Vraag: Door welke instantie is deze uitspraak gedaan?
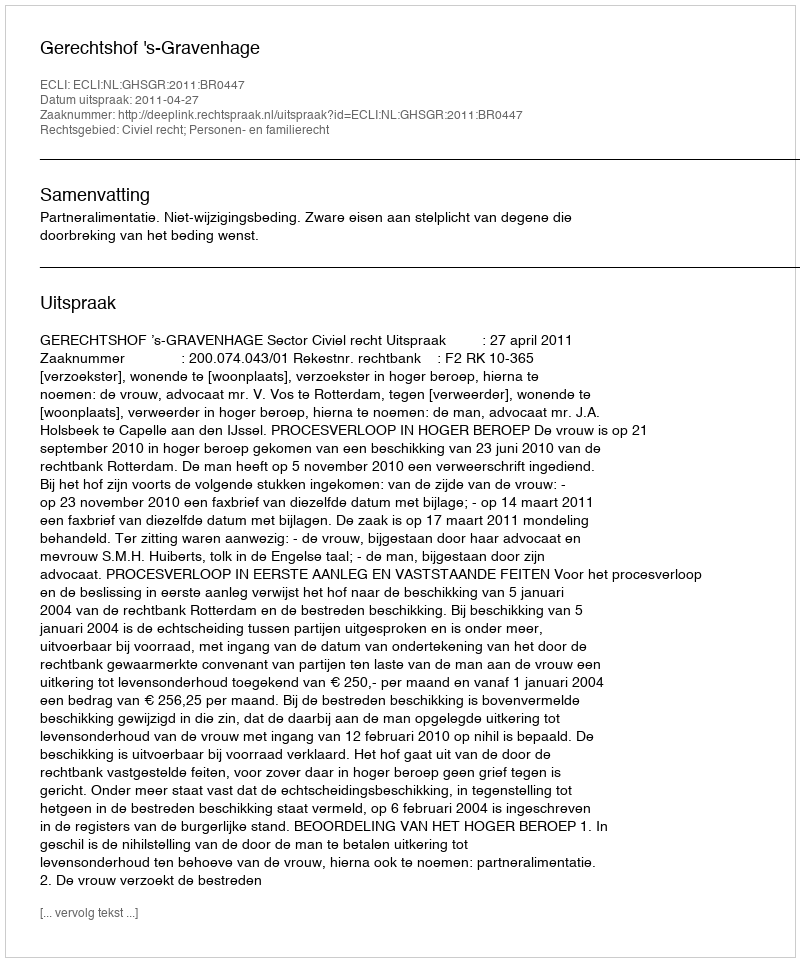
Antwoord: Gerechtshof 's-Gravenhage